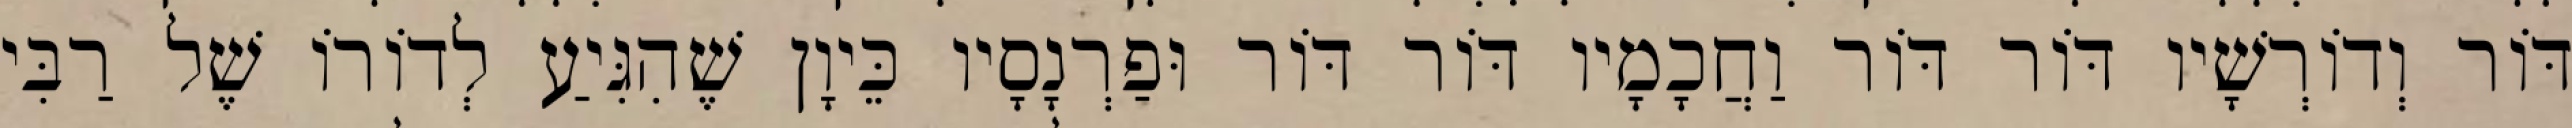
דּוֹר וְדוֹרְשָׁיו דּוֹר דּוֹר וַחֲכָמָיו דּוֹר דּוֹר וּפַרְנָסָיו כֵּיוָן שֶׁהִגִּיעַ לְדוֹרוֹ שֶׁל רַבִּי